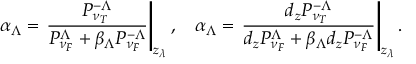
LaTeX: \alpha _ { \Lambda } = \left. \frac { P _ { \nu _ { T } } ^ { - \Lambda } } { P _ { \nu _ { F } } ^ { \Lambda } + \beta _ { \Lambda } P _ { \nu _ { F } } ^ { - \Lambda } } \right\vert _ { z _ { \lambda } } , \: \: \: \: \alpha _ { \Lambda } = \left. \frac { d _ { z } P _ { \nu _ { T } } ^ { - \Lambda } } { d _ { z } P _ { \nu _ { F } } ^ { \Lambda } + \beta _ { \Lambda } d _ { z } P _ { \nu _ { F } } ^ { - \Lambda } } \right\vert _ { z _ { \lambda } } .